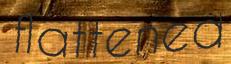
flattened